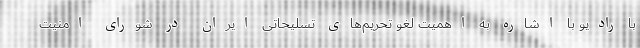
با رادیو با اشاره به اهمیت لغو تحریم‌های تسلیحاتی ایران در شورای امنیت